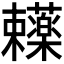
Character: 𬟥